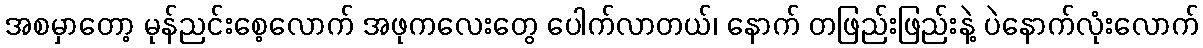
အစမှာတော့ မုန်ညင်းစေ့လောက် အဖုကလေးတွေ ပေါက်လာတယ်၊ နောက် တဖြည်းဖြည်းနဲ့ ပဲနောက်လုံးလောက်